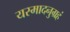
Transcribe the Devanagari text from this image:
यस्मादनुग्रहं